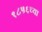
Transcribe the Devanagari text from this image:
१८५६च्या